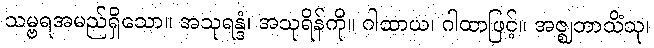
သမ္ဗရအမည်ရှိသော။ အသုရန္ဒံ၊ အသုရိန်ကို။ ဂါထာယ၊ ဂါထာဖြင့်။ အဇ္ဈဘာသိံသု၊